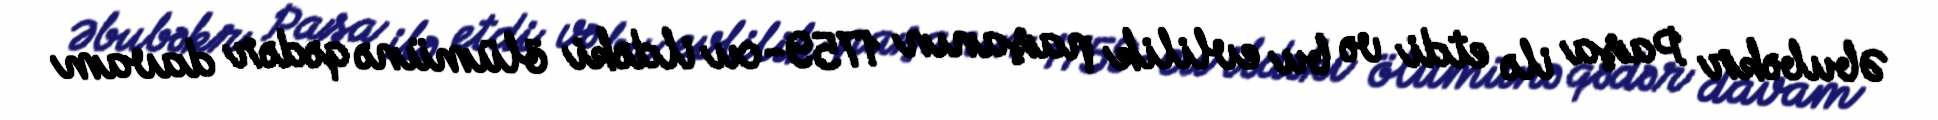
Əbubəkr Paşa ilə etdi və bu evlilik paşanın 1759-cu ildəki ölümünə qədər davam